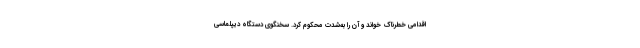
اقدامی خطرناک خواند و آن را به‌شدت محکوم کرد. سخنگوی دستگاه دیپلماسی